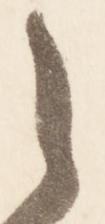
之